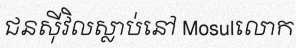
ជនស៊ីវិលស្លាប់នៅ Mosulលោក